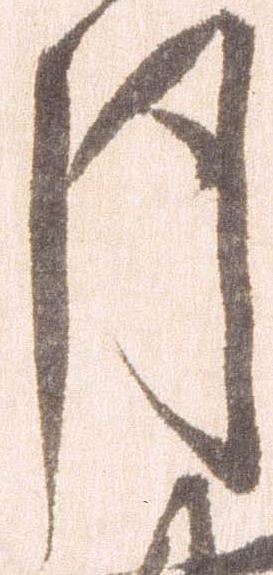
月